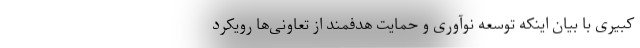
کبیری با بیان اینکه توسعه نوآوری و حمایت هدفمند از تعاونی‌ها رویکرد